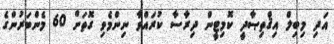
އަދި މިބިލް އިޤްތިޞާދީ ކޮމިޓީން ދިރާސާ ކުރައްވާ ނިންމެވި ގޮތަށް 60 މެންބަރުންގެ